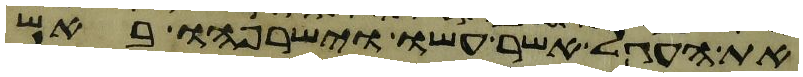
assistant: את העגל אשר עשו וישרפהו באש